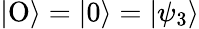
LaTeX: |\mathrm{O}\rangle=|0\rangle=|\psi_{3}\rangle